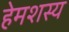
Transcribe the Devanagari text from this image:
हेमशस्य